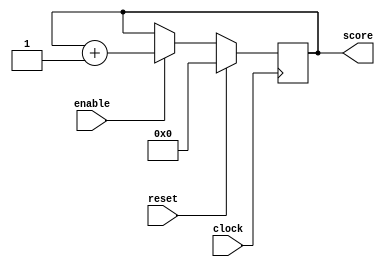
module score_count(clock, enable, reset, score);
	input enable;
	input reset;
	input clock;
	output reg [7:0] score;
	
	always@ (posedge clock)
	begin
		if (reset)
			score <= 0;
		else if(enable == 1'b1)
			score <= score + 1'b1;
		else
			score <= score;
	end
endmodule